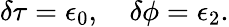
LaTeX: \delta\tau=\epsilon_{0},\quad\delta\phi=\epsilon_{2}.